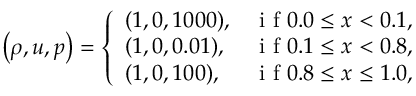
\left( \rho , u , p \right) = \left\{ \begin{array} { l l } { ( 1 , 0 , 1 0 0 0 ) , } & { \mathrm { ~ i ~ f ~ } 0 . 0 \leq x < 0 . 1 , } \\ { ( 1 , 0 , 0 . 0 1 ) , } & { \mathrm { ~ i ~ f ~ } 0 . 1 \leq x < 0 . 8 , } \\ { ( 1 , 0 , 1 0 0 ) , } & { \mathrm { ~ i ~ f ~ } 0 . 8 \leq x \leq 1 . 0 , } \end{array} \right.